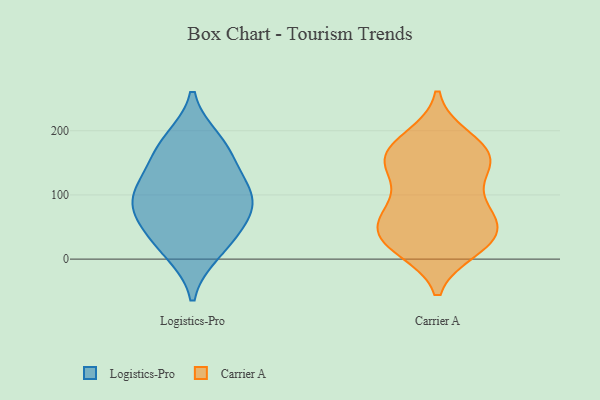
{"axis": {"x": "LTV (USD)", "y": "Value"}, "legend": ["Carrier A", "Logistics-Pro"], "data": [{"x": "", "y": 23, "type": "Logistics-Pro"}, {"x": "", "y": 185, "type": "Logistics-Pro"}, {"x": "", "y": 153, "type": "Logistics-Pro"}, {"x": "", "y": 175, "type": "Logistics-Pro"}, {"x": "", "y": 110, "type": "Logistics-Pro"}, {"x": "", "y": 62, "type": "Logistics-Pro"}, {"x": "", "y": 84, "type": "Logistics-Pro"}, {"x": "", "y": 109, "type": "Logistics-Pro"}, {"x": "", "y": 11, "type": "Logistics-Pro"}, {"x": "", "y": 59, "type": "Logistics-Pro"}, {"x": "", "y": 98, "type": "Logistics-Pro"}, {"x": "", "y": 92, "type": "Carrier A"}, {"x": "", "y": 87, "type": "Carrier A"}, {"x": "", "y": 186, "type": "Carrier A"}, {"x": "", "y": 162, "type": "Carrier A"}, {"x": "", "y": 160, "type": "Carrier A"}, {"x": "", "y": 26, "type": "Carrier A"}, {"x": "", "y": 16, "type": "Carrier A"}, {"x": "", "y": 189, "type": "Carrier A"}, {"x": "", "y": 50, "type": "Carrier A"}, {"x": "", "y": 150, "type": "Carrier A"}, {"x": "", "y": 53, "type": "Carrier A"}, {"x": "", "y": 22, "type": "Carrier A"}, {"x": "", "y": 60, "type": "Carrier A"}, {"x": "", "y": 76, "type": "Carrier A"}, {"x": "", "y": 152, "type": "Carrier A"}, {"x": "", "y": 143, "type": "Carrier A"}, {"x": "", "y": 150, "type": "Carrier A"}, {"x": "", "y": 42, "type": "Carrier A"}, {"x": "", "y": 21, "type": "Carrier A"}]}